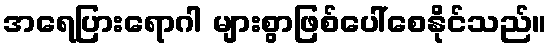
အရေပြားရောဂါ များစွာဖြစ်ပေါ်စေနိုင်သည်။